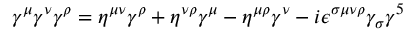
\gamma ^ { \mu } \gamma ^ { \nu } \gamma ^ { \rho } = \eta ^ { \mu \nu } \gamma ^ { \rho } + \eta ^ { \nu \rho } \gamma ^ { \mu } - \eta ^ { \mu \rho } \gamma ^ { \nu } - i \epsilon ^ { \sigma \mu \nu \rho } \gamma _ { \sigma } \gamma ^ { 5 }